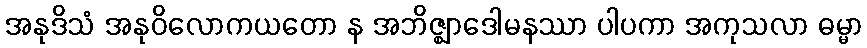
အနုဒိသံ အနုဝိလောကယတော န အဘိဇ္ဈာဒေါမနဿာ ပါပကာ အကုသလာ ဓမ္မာ